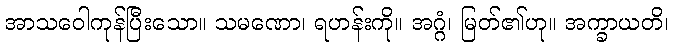
အာသဝေါကုန်ပြီးသော။ သမဏော၊ ရဟန်းကို။ အဂ္ဂံ၊ မြတ်၏ဟု။ အက္ခာယတိ၊